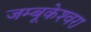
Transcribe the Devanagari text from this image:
जम्बूकेश्‍वरा